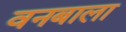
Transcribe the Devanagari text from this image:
वनबाला